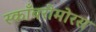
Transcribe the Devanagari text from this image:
स्काँबरोमोरस